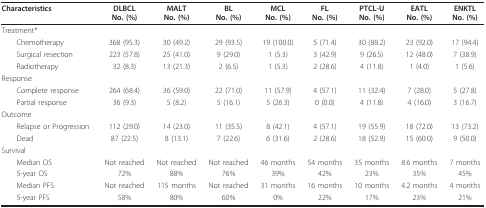
| Characteristics | DLBCLNo. (%) | MALTNo. (%) | BLNo. (%) | MCLNo. (%) | FLNo. (%) | PTCL-UNo. (%) | EATLNo. (%) | ENKTLNo. (%) |
 | --- | --- | --- | --- | --- | --- | --- | --- | --- |
 | Treatment* |  |  |  |  |  |  |  |  |
 | Chemotherapy | 368 (95.3) | 30 (49.2) | 29 (93.5) | 19 (100.0) | 5 (71.4) | 30 (88.2) | 23 (92.0) | 17 (94.4) |
 | Surgical resection | 223 (57.8) | 25 (41.0) | 9 (29.0) | 1 (5.3) | 3 (42.9) | 9 (26.5) | 12 (48.0) | 7 (38.9) |
 | Radiotherapy | 32 (8.3) | 13 (21.3) | 2 (6.5) | 1 (5.3) | 2 (28.6) | 4 (11.8) | 1 (4.0) | 1 (5.6) |
 | Response |  |  |  |  |  |  |  |  |
 | Complete response | 264 (68.4) | 36 (59.0) | 22 (71.0) | 11 (57.9) | 4 (57.1) | 11 (32.4) | 7 (28.0) | 5 (27.8) |
 | Partial response | 36 (9.3) | 5 (8.2) | 5 (16.1) | 5 (26.3) | 0 (0.0) | 4 (11.8) | 4 (16.0) | 3 (16.7) |
 | Outcome |  |  |  |  |  |  |  |  |
 | Relapse or Progression | 112 (29.0) | 14 (23.0) | 11 (35.5) | 8 (42.1) | 4 (57.1) | 19 (55.9) | 18 (72.0) | 13 (73.2) |
 | Dead | 87 (22.5) | 8 (13.1) | 7 (22.6) | 6 (31.6) | 2 (28.6) | 18 (52.9) | 15 (60.0) | 9 (50.0) |
 | Survival |  |  |  |  |  |  |  |  |
 | Median OS | Not reached | Not reached | Not reached | 46 months | 54 months | 35 months | 8.6 months | 7 months |
 | 5-year OS | 72% | 88% | 76% | 39% | 42% | 23% | 35% | 45% |
 | Median PFS | Not reached | 115 months | Not reached | 31 months | 16 months | 10 months | 4.2 months | 4 months |
 | 5-year PFS | 58% | 80% | 60% | 0% | 22% | 17% | 23% | 21% |